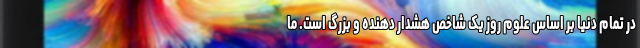
در تمام دنیا بر اساس علوم روز یک شاخص هشدار دهنده و بزرگ‌ است. ما